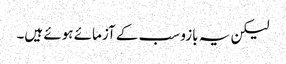
لیکن یہ بازو سب کے آزمائے ہوئے ہیں۔